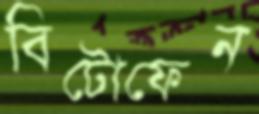
বিটোফেন